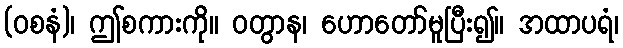
(ဝစနံ)၊ ဤစကားကို။ ဝတွာန၊ ဟောတော်မူပြီး၍။ အထာပရံ၊